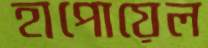
হাপোয়েল